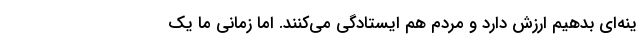
ینه‌ای بدهیم ارزش دارد و مردم هم ایستادگی می‌کنند. اما زمانی ما یک